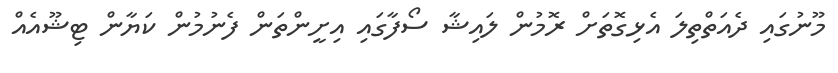
މޫނުގައި ދެއަތްތިލަ އެޅިގޮތަށް ރޮމުން ލައިޝާ ސޯފާގައި އިށީންތަން ފެނުމުން ކަޔާން ޓިޝޫއެއް